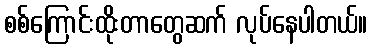
စစ်ကြောင်းထိုးတာတွေဆက် လုပ်နေပါတယ်။